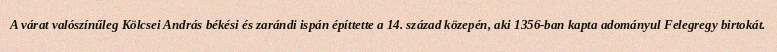
A várat valószínűleg Kölcsei András békési és zarándi ispán építtette a 14. század közepén, aki 1356-ban kapta adományul Felegregy birtokát.